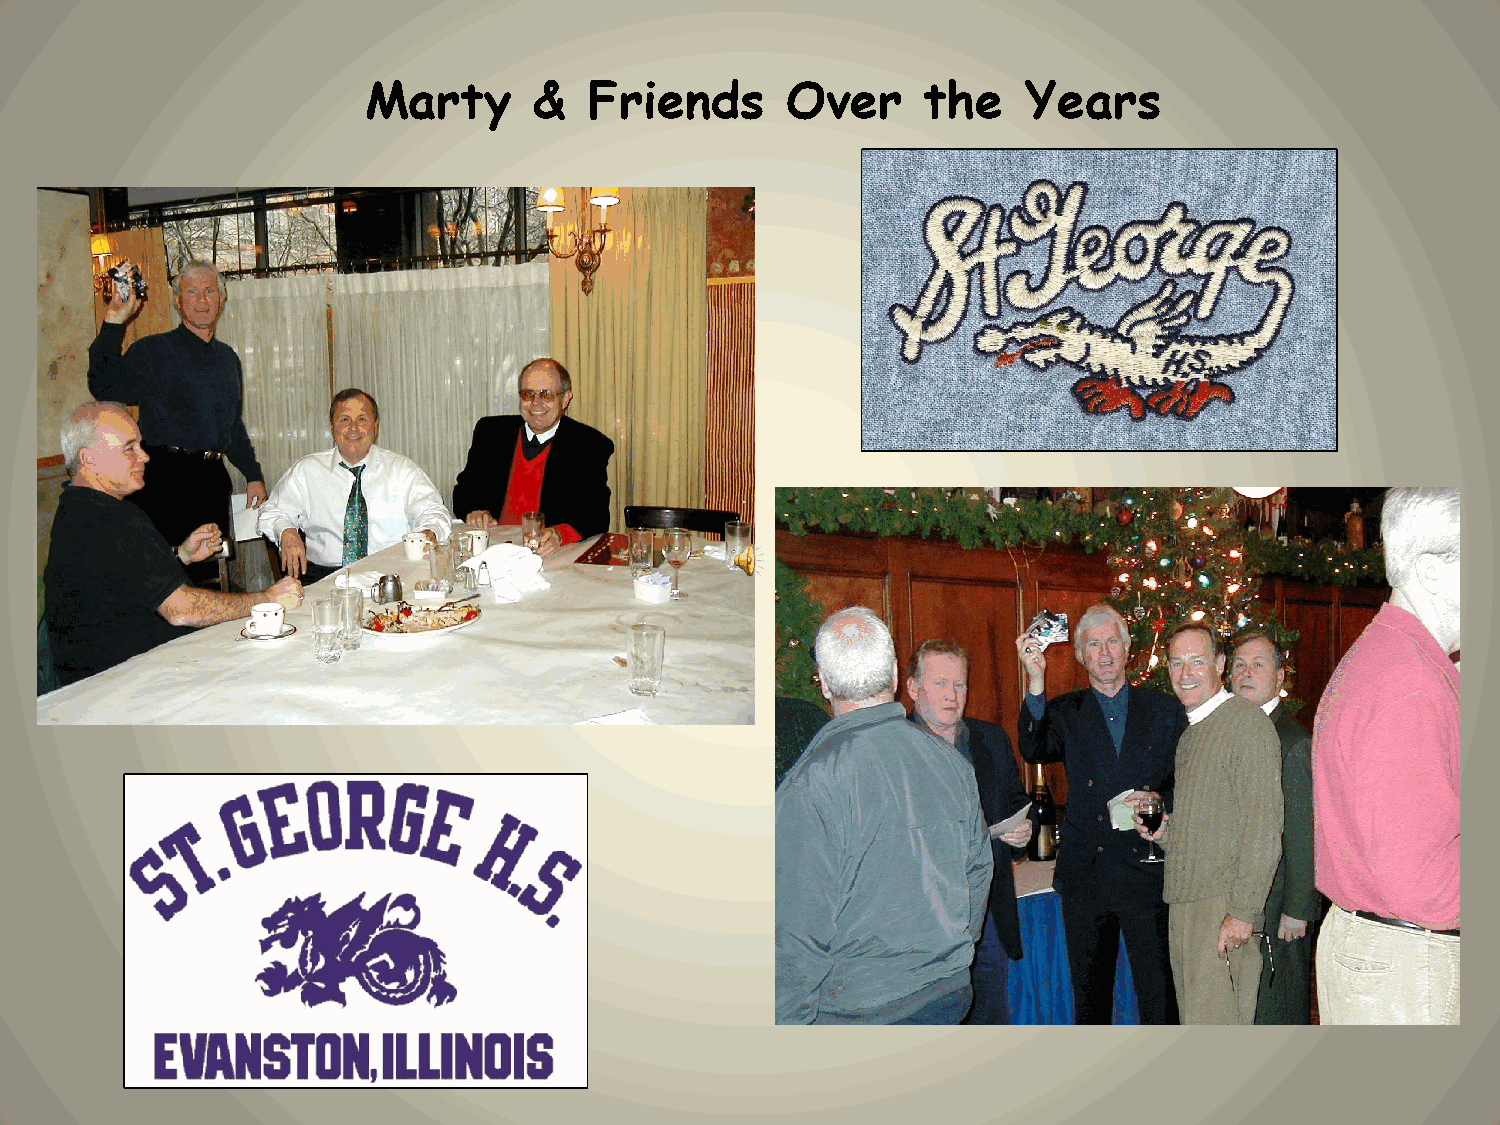
Marty      &   Friends      Over     the    Years